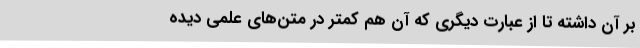
بر آن داشته تا از عبارت دیگری که آن هم کمتر در متن‌های علمی دیده